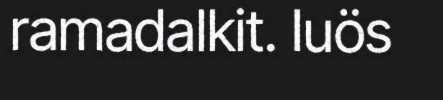
ramadalkit. Iuös